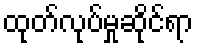
ထုတ်လုပ်မှုဆိုင်ရာ